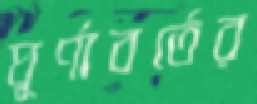
ঘূর্ণাবর্তের